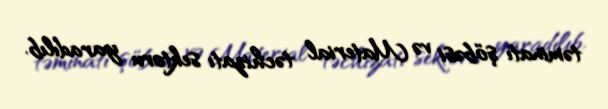
təminatı şöbəsi və Material təchizatı sektoru yaradılıb.